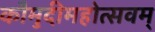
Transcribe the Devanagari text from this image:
कौमुदीमहोत्सवम्